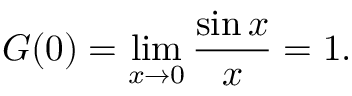
G ( 0 ) = \operatorname* { l i m } _ { x \rightarrow 0 } { \frac { \sin x } { x } } = 1 .